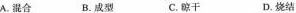
A.混合B.成型C.晾干 D.烧结